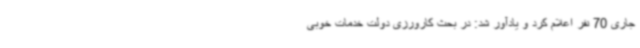
جاری 70 نفر اعلام کرد و یادآور شد: در بحث کارورزی دولت خدمات خوبی